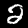
Digit: 2